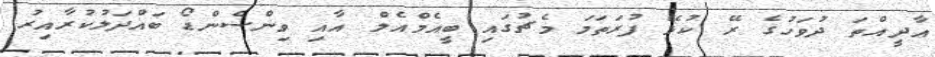
އާދީއްތަ ދުވަހުގެ ރޭ ކުޅޭ ފުރަތަމަ މެޗުގައި ބީއެމްއެލް އާއި ވިންސެންޑޯ ބައްދަލުކުރާއިރު